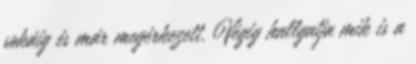
sokáig és már megérkezett. Végig hallgatja mik is a